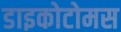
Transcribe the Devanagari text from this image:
डाइकोटोमस